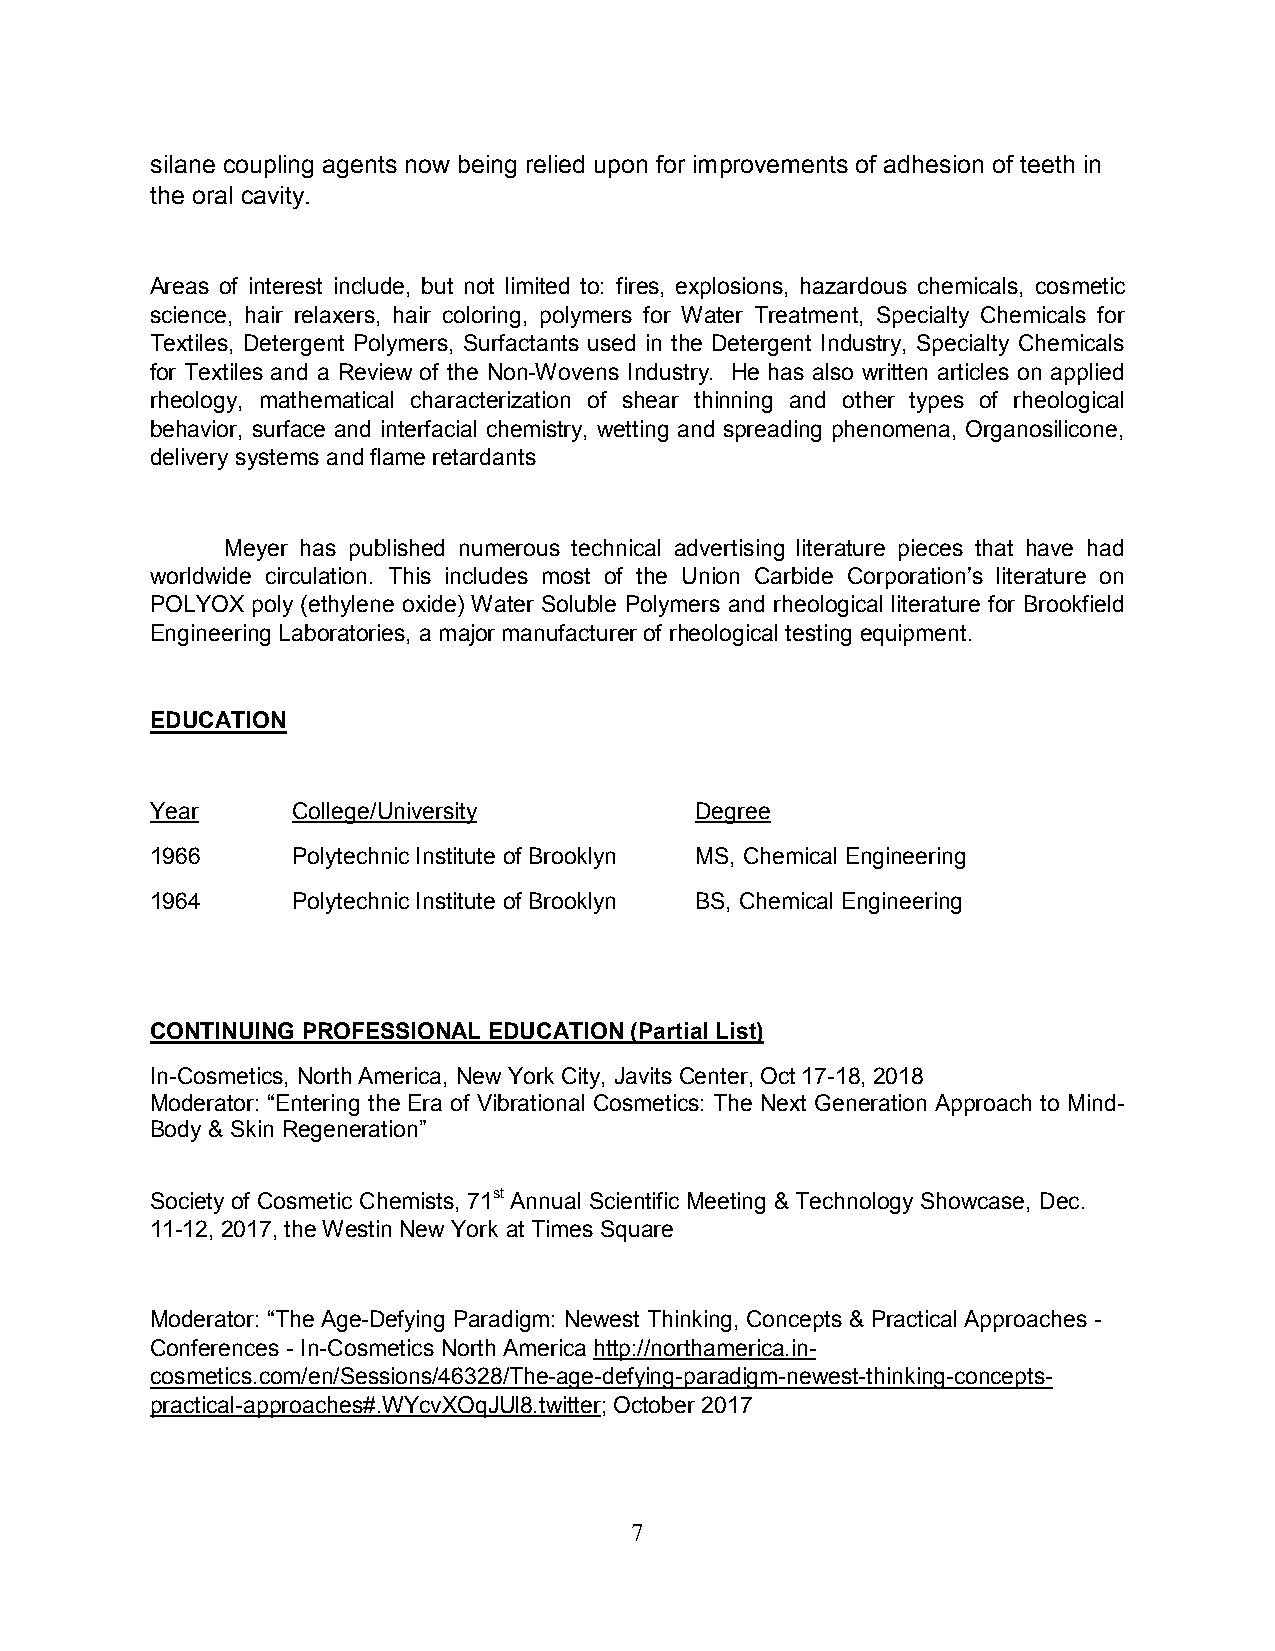
silane coupling agents now being relied upon for improvements of adhesion of teeth in
 the oral cavity.
 Areas of interest include, but not limited to: fires, explosions, hazardous chemicals, cosmetic
 science, hair relaxers, hair coloring, polymers for Water Treatment, Specialty Chemicals for
 Textiles, Detergent Polymers, Surfactants used in the Detergent Industry, Specialty Chemicals
 for Textiles and a Review of the Non-Wovens Industry. He has also written articles on applied
 rheology, mathematical characterization of shear thinning and other types of rheological
 behavior, surface and interfacial chemistry, wetting and spreading phenomena, Organosilicone,
 delivery systems and flame retardants
 Meyer has published numerous technical advertising literature pieces that have had
 worldwide circulation. This includes most of the Union Carbide Corporation’s literature on
 POLYOX poly (ethylene oxide) Water Soluble Polymers and rheological literature for Brookfield
 Engineering Laboratories, a major manufacturer of rheological testing equipment.
 EDUCATION
 Year     College/University         Degree
 1966     Polytechnic Institute of Brooklyn MS, Chemical Engineering
 1964     Polytechnic Institute of Brooklyn BS, Chemical Engineering
 CONTINUING PROFESSIONAL EDUCATION (Partial List)
 In-Cosmetics, North America, New York City, Javits Center, Oct 17-18, 2018
 Moderator: “Entering the Era of Vibrational Cosmetics: The Next Generation Approach to Mind-
 Body & Skin Regeneration”
 Society of Cosmetic Chemists, 71st Annual Scientific Meeting & Technology Showcase, Dec.
 11-12, 2017, the Westin New York at Times Square
 Moderator: “The Age-Defying Paradigm: Newest Thinking, Concepts & Practical Approaches -
 Conferences - In-Cosmetics North America http://northamerica.in-
 cosmetics.com/en/Sessions/46328/The-age-defying-paradigm-newest-thinking-concepts-
 practical-approaches#.WYcvXOqJUl8.twitter; October 2017
 7